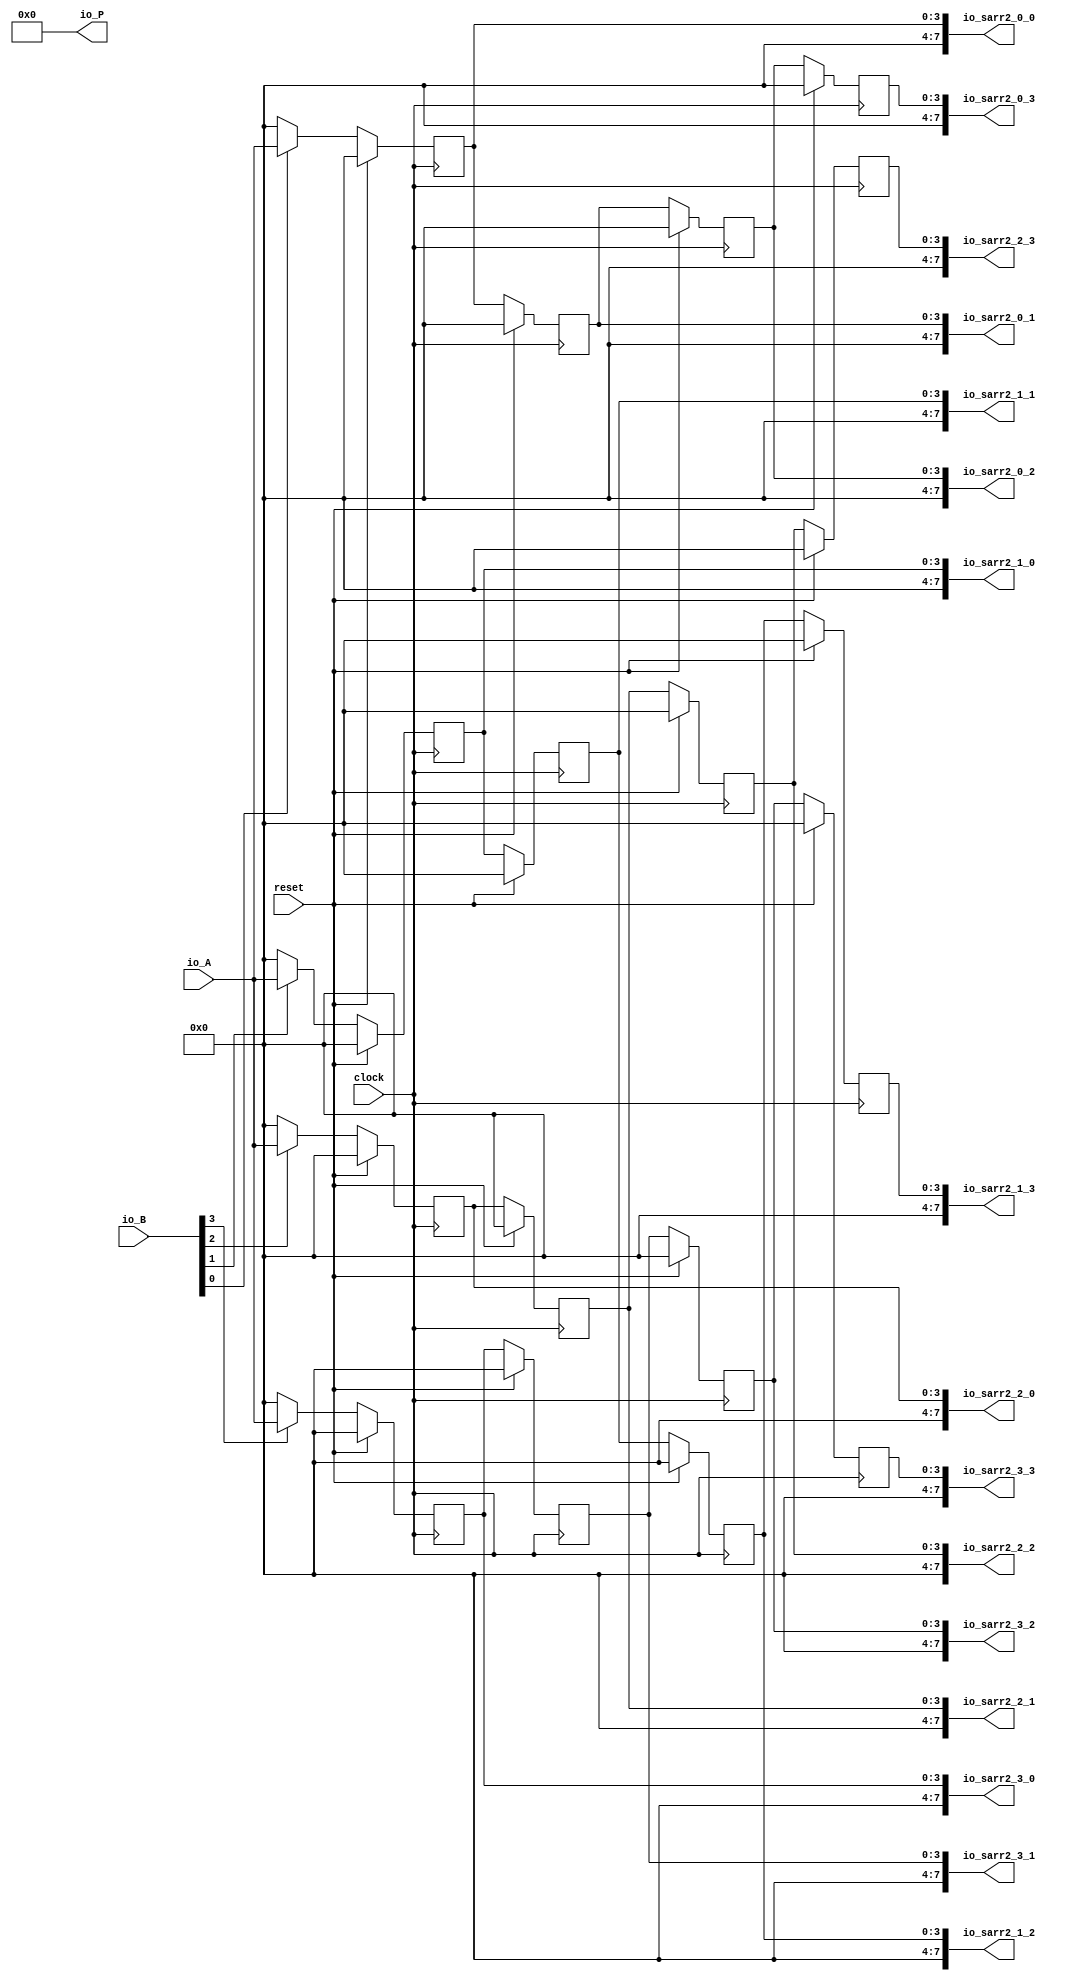
module testreg(
  input        clock,
  input        reset,
  input  [3:0] io_A,
  input  [3:0] io_B,
  output [7:0] io_P,
  output [7:0] io_sarr2_0_0,
  output [7:0] io_sarr2_0_1,
  output [7:0] io_sarr2_0_2,
  output [7:0] io_sarr2_0_3,
  output [7:0] io_sarr2_1_0,
  output [7:0] io_sarr2_1_1,
  output [7:0] io_sarr2_1_2,
  output [7:0] io_sarr2_1_3,
  output [7:0] io_sarr2_2_0,
  output [7:0] io_sarr2_2_1,
  output [7:0] io_sarr2_2_2,
  output [7:0] io_sarr2_2_3,
  output [7:0] io_sarr2_3_0,
  output [7:0] io_sarr2_3_1,
  output [7:0] io_sarr2_3_2,
  output [7:0] io_sarr2_3_3
);
  reg [3:0] sarr_0_0; // @[testreg.scala 17:21]
  reg [3:0] sarr_0_1; // @[testreg.scala 17:21]
  reg [3:0] sarr_0_2; // @[testreg.scala 17:21]
  reg [3:0] sarr_0_3; // @[testreg.scala 17:21]
  reg [3:0] sarr_1_0; // @[testreg.scala 17:21]
  reg [3:0] sarr_1_1; // @[testreg.scala 17:21]
  reg [3:0] sarr_1_2; // @[testreg.scala 17:21]
  reg [3:0] sarr_1_3; // @[testreg.scala 17:21]
  reg [3:0] sarr_2_0; // @[testreg.scala 17:21]
  reg [3:0] sarr_2_1; // @[testreg.scala 17:21]
  reg [3:0] sarr_2_2; // @[testreg.scala 17:21]
  reg [3:0] sarr_2_3; // @[testreg.scala 17:21]
  reg [3:0] sarr_3_0; // @[testreg.scala 17:21]
  reg [3:0] sarr_3_1; // @[testreg.scala 17:21]
  reg [3:0] sarr_3_2; // @[testreg.scala 17:21]
  reg [3:0] sarr_3_3; // @[testreg.scala 17:21]
  assign io_P = 8'h0; // @[testreg.scala 18:8]
  assign io_sarr2_0_0 = {{4'd0}, sarr_0_0}; // @[testreg.scala 29:12]
  assign io_sarr2_0_1 = {{4'd0}, sarr_0_1}; // @[testreg.scala 29:12]
  assign io_sarr2_0_2 = {{4'd0}, sarr_0_2}; // @[testreg.scala 29:12]
  assign io_sarr2_0_3 = {{4'd0}, sarr_0_3}; // @[testreg.scala 29:12]
  assign io_sarr2_1_0 = {{4'd0}, sarr_1_0}; // @[testreg.scala 29:12]
  assign io_sarr2_1_1 = {{4'd0}, sarr_1_1}; // @[testreg.scala 29:12]
  assign io_sarr2_1_2 = {{4'd0}, sarr_1_2}; // @[testreg.scala 29:12]
  assign io_sarr2_1_3 = {{4'd0}, sarr_1_3}; // @[testreg.scala 29:12]
  assign io_sarr2_2_0 = {{4'd0}, sarr_2_0}; // @[testreg.scala 29:12]
  assign io_sarr2_2_1 = {{4'd0}, sarr_2_1}; // @[testreg.scala 29:12]
  assign io_sarr2_2_2 = {{4'd0}, sarr_2_2}; // @[testreg.scala 29:12]
  assign io_sarr2_2_3 = {{4'd0}, sarr_2_3}; // @[testreg.scala 29:12]
  assign io_sarr2_3_0 = {{4'd0}, sarr_3_0}; // @[testreg.scala 29:12]
  assign io_sarr2_3_1 = {{4'd0}, sarr_3_1}; // @[testreg.scala 29:12]
  assign io_sarr2_3_2 = {{4'd0}, sarr_3_2}; // @[testreg.scala 29:12]
  assign io_sarr2_3_3 = {{4'd0}, sarr_3_3}; // @[testreg.scala 29:12]
  always @(posedge clock) begin
    if (reset) begin // @[testreg.scala 17:21]
      sarr_0_0 <= 4'h0; // @[testreg.scala 17:21]
    end else if (~io_B[0]) begin // @[testreg.scala 20:26]
      sarr_0_0 <= 4'h0; // @[testreg.scala 21:18]
    end else begin
      sarr_0_0 <= io_A; // @[testreg.scala 23:18]
    end
    if (reset) begin // @[testreg.scala 17:21]
      sarr_0_1 <= 4'h0; // @[testreg.scala 17:21]
    end else begin
      sarr_0_1 <= sarr_0_0; // @[testreg.scala 26:18]
    end
    if (reset) begin // @[testreg.scala 17:21]
      sarr_0_2 <= 4'h0; // @[testreg.scala 17:21]
    end else begin
      sarr_0_2 <= sarr_0_1; // @[testreg.scala 26:18]
    end
    if (reset) begin // @[testreg.scala 17:21]
      sarr_0_3 <= 4'h0; // @[testreg.scala 17:21]
    end else begin
      sarr_0_3 <= sarr_0_2; // @[testreg.scala 26:18]
    end
    if (reset) begin // @[testreg.scala 17:21]
      sarr_1_0 <= 4'h0; // @[testreg.scala 17:21]
    end else if (~io_B[1]) begin // @[testreg.scala 20:26]
      sarr_1_0 <= 4'h0; // @[testreg.scala 21:18]
    end else begin
      sarr_1_0 <= io_A; // @[testreg.scala 23:18]
    end
    if (reset) begin // @[testreg.scala 17:21]
      sarr_1_1 <= 4'h0; // @[testreg.scala 17:21]
    end else begin
      sarr_1_1 <= sarr_1_0; // @[testreg.scala 26:18]
    end
    if (reset) begin // @[testreg.scala 17:21]
      sarr_1_2 <= 4'h0; // @[testreg.scala 17:21]
    end else begin
      sarr_1_2 <= sarr_1_1; // @[testreg.scala 26:18]
    end
    if (reset) begin // @[testreg.scala 17:21]
      sarr_1_3 <= 4'h0; // @[testreg.scala 17:21]
    end else begin
      sarr_1_3 <= sarr_1_2; // @[testreg.scala 26:18]
    end
    if (reset) begin // @[testreg.scala 17:21]
      sarr_2_0 <= 4'h0; // @[testreg.scala 17:21]
    end else if (~io_B[2]) begin // @[testreg.scala 20:26]
      sarr_2_0 <= 4'h0; // @[testreg.scala 21:18]
    end else begin
      sarr_2_0 <= io_A; // @[testreg.scala 23:18]
    end
    if (reset) begin // @[testreg.scala 17:21]
      sarr_2_1 <= 4'h0; // @[testreg.scala 17:21]
    end else begin
      sarr_2_1 <= sarr_2_0; // @[testreg.scala 26:18]
    end
    if (reset) begin // @[testreg.scala 17:21]
      sarr_2_2 <= 4'h0; // @[testreg.scala 17:21]
    end else begin
      sarr_2_2 <= sarr_2_1; // @[testreg.scala 26:18]
    end
    if (reset) begin // @[testreg.scala 17:21]
      sarr_2_3 <= 4'h0; // @[testreg.scala 17:21]
    end else begin
      sarr_2_3 <= sarr_2_2; // @[testreg.scala 26:18]
    end
    if (reset) begin // @[testreg.scala 17:21]
      sarr_3_0 <= 4'h0; // @[testreg.scala 17:21]
    end else if (~io_B[3]) begin // @[testreg.scala 20:26]
      sarr_3_0 <= 4'h0; // @[testreg.scala 21:18]
    end else begin
      sarr_3_0 <= io_A; // @[testreg.scala 23:18]
    end
    if (reset) begin // @[testreg.scala 17:21]
      sarr_3_1 <= 4'h0; // @[testreg.scala 17:21]
    end else begin
      sarr_3_1 <= sarr_3_0; // @[testreg.scala 26:18]
    end
    if (reset) begin // @[testreg.scala 17:21]
      sarr_3_2 <= 4'h0; // @[testreg.scala 17:21]
    end else begin
      sarr_3_2 <= sarr_3_1; // @[testreg.scala 26:18]
    end
    if (reset) begin // @[testreg.scala 17:21]
      sarr_3_3 <= 4'h0; // @[testreg.scala 17:21]
    end else begin
      sarr_3_3 <= sarr_3_2; // @[testreg.scala 26:18]
    end
  end
endmodule